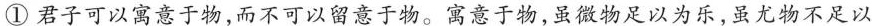
①君子可以寓意于物，而不可以留意于物。寓意于物，虽微物足以为乐，虽尤物不足以